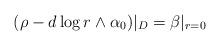
\begin{align*}(\rho - d\log r \wedge \alpha_{0})|_{D} = \beta|_{r=0}\end{align*}